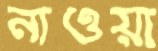
নাওয়া